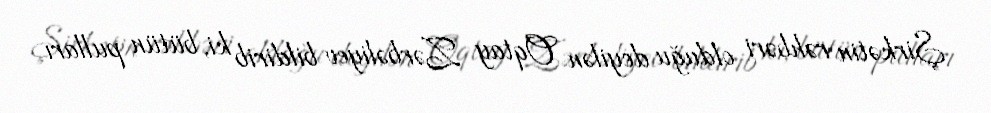
Şirkətin rəhbəri olduğu deyilən Oqtay Zərbəliyev bildirib ki, bütün pulları